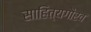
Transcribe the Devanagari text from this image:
साहित्यगौरव